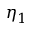
\eta _ { 1 }